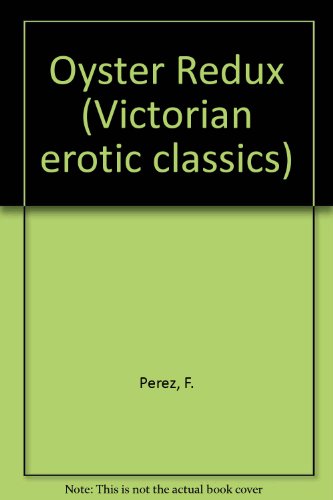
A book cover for Oyster Redux (Victorian erotic classics); Anonymous; Romance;